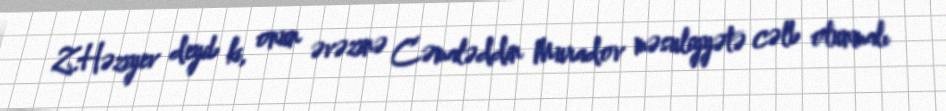
Z.Həziyev deyib ki, onun əvəzinə Cəmaləddin Muradov məsuliyyətə cəlb olunmalı